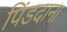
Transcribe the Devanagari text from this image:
पिंडदाना